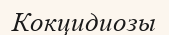
Кокцидиозы